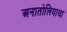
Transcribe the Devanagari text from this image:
अनातोलियाचा